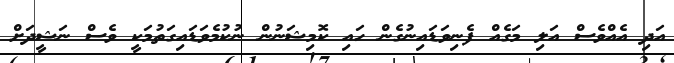
އަދި އެއްވެސް އަލި މަގެއް ފެނިވަޑައިނުގެން ހައި ކޮމިޝަނުން ނުކުމެވަޑައިގަތުމަކީ ވެސް ނަޝީދަށް